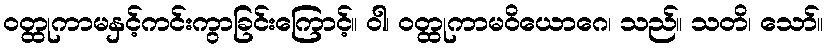
ဝတ္ထုကာမနှင့်ကင်းကွာခြင်းကြောင့်။ ဝါ၊ ဝတ္ထုကာမဝိယောဂေ၊ သည်။ သတိ၊ သော်။